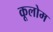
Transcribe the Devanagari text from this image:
कूलोम